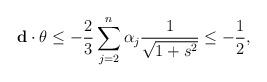
LaTeX: \begin{align*} \mathbf d\cdot \theta\leq-\frac{2}{3}\sum_{j=2}^n\alpha_j\frac{1}{\sqrt{1+s^2}}\leq-\frac{1}{2}, \end{align*}